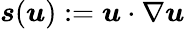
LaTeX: \boldsymbol s(\boldsymbol u):=\boldsymbol u\cdot\nabla\boldsymbol u